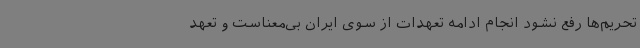
تحریم‌ها رفع نشود انجام ادامه تعهدات از سوی ایران بی‌معناست و تعهد